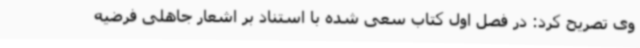
وی تصریح کرد: در فصل اول کتاب سعی شده با استناد بر اشعار جاهلی فرضیه